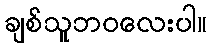
ချစ်သူဘဝလေးပါ။